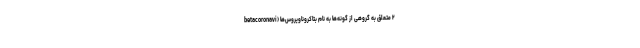
۲ متعلق به گروهی از گونه‌ها به نام بتاکروناویروس‌ها (betacoronavi